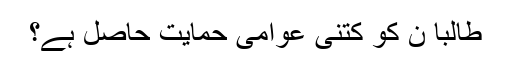
طالبا ن کو کتنی عوامی حمایت حاصل ہے؟